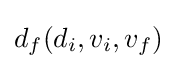
d_{f}(d_{i},v_{i},v_{f})